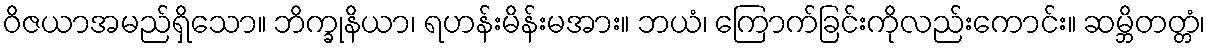
ဝိဇယာအမည်ရှိသော။ ဘိက္ခုနိယာ၊ ရဟန်းမိန်းမအား။ ဘယံ၊ ကြောက်ခြင်းကိုလည်းကောင်း။ ဆမ္ဘိတတ္တံ၊